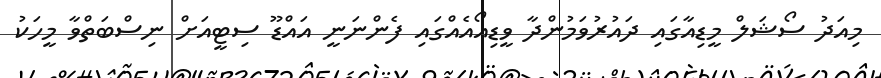
މިއަދު ސޯޝަލް މީޑިއާގައި ދައުރުވަމުންދާ ވީޑިއޯއެއްގައި ފެންނަނީ އައްޑޫ ސިޓީއަށް ނިސްބަތްވާ މީހަކު